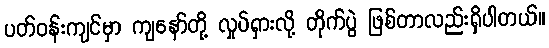
ပတ်ဝန်းကျင်မှာ ကျနော်တို့ လှုပ်ရှားလို့ တိုက်ပွဲ ဖြစ်တာလည်းရှိပါတယ်။